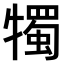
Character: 𤛯